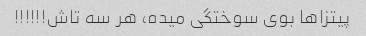
پیتزاها بوی سوختگی میده، هر سه تاش!!!!!!